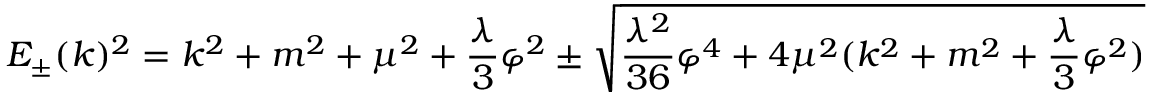
E _ { \pm } ( k ) ^ { 2 } = k ^ { 2 } + m ^ { 2 } + \mu ^ { 2 } + \frac { \lambda } { 3 } \varphi ^ { 2 } \pm \sqrt { \frac { \lambda ^ { 2 } } { 3 6 } \varphi ^ { 4 } + 4 \mu ^ { 2 } ( k ^ { 2 } + m ^ { 2 } + \frac { \lambda } { 3 } \varphi ^ { 2 } ) }